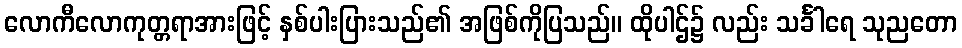
လောကီလောကုတ္တရာအားဖြင့် နှစ်ပါးပြားသည်၏ အဖြစ်ကိုပြသည်။ ထိုပါဌ်၌ လည်း သင်္ခါရေ သုညတော